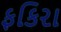
ફકિરા